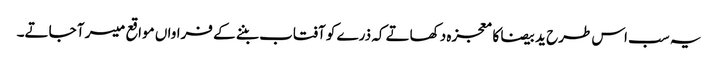
یہ سب اس طرح ید بیضا کا معجزہ دکھاتے کہ ذرے کو آفتاب بننے کے فراواں مواقع میسر آ جاتے۔